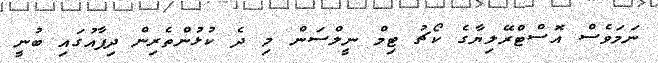
ނަމަވެސް އޮސްޓްރޭލިޔާގެ ކޯޗު ޓިމް ނީލްސަން މި ދެ ކުޅުންތެރިން ދިފާއުގައި ބުނީ